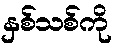
နှစ်သစ်ကို